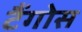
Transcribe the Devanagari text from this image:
टैंगोस